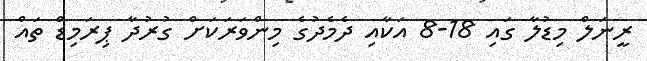
ރީނަލް މިޑުލާ ގައި 18-8 އަކާއި ދެމެދުގެ މިންވަރަކަށް ގުރުދާ ޕިރަމިޑް ތައް